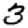
Digit: 3